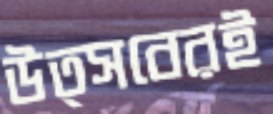
উত্সবেরই